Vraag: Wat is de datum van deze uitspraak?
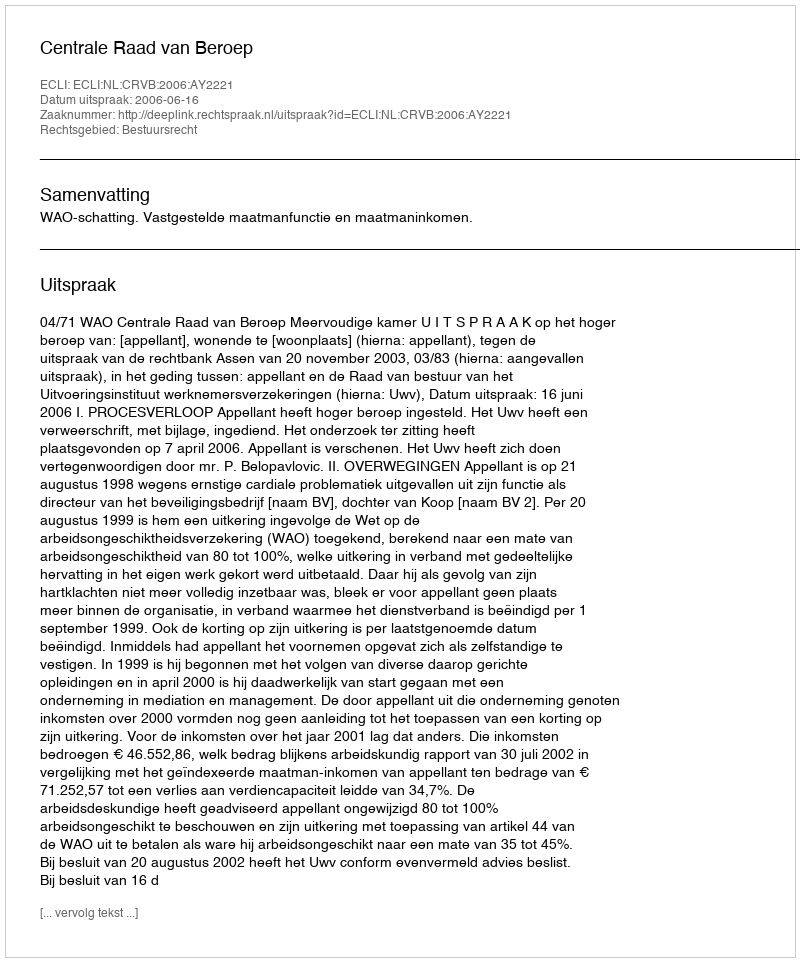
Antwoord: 2006-06-16